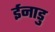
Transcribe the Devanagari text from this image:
ईनाडु